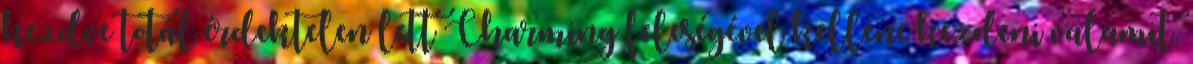
kezdve totál érdektelen lett Charming feleségével kellene kezdeni valamit,